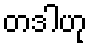
တဒါဟု